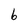
Character: b